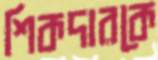
শিকদারকে